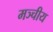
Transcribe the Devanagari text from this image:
मञ्चीय